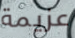
عزيمة